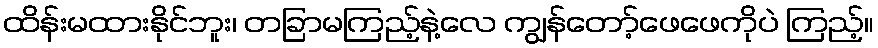
ထိန်းမထားနိုင်ဘူး၊ တခြာမကြည့်နဲ့လေ ကျွန်တော့်ဖေဖေကိုပဲ ကြည့်။